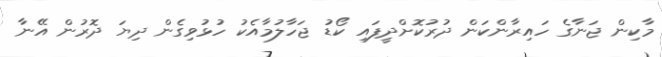
މާކިން ޖަނާގެ ހައިރާންކަން ދުރުކޮށްދީފައި ކޯޑު ޖަހާލުމާއެކު ހުޅުވިގެން ދިޔަ ދޮރުން އޭނާ